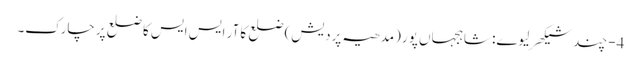
4- چند شیکھر لیوے: شاہجہاں پور (مدھیہ پردیش) ضلع کا آر ایس ایس کا ضلع پرچارک۔